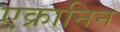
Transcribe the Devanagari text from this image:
एक्रानिन